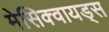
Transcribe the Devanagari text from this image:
मेसिक्वायड्स